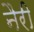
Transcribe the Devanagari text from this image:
नैरी